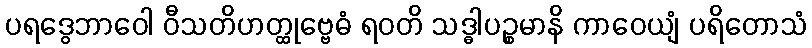
ပရဒွေဘာဝေါ ဝီသတိဟတ္ထုဗ္ဗေဓံ ရဝတိ သဒ္ဓါပဉ္စမာနိ ကာဝေယျံ ပရိတောသံ